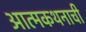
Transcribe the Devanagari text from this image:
आत्मकथनाची